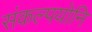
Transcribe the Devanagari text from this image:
संकल्पयोनि